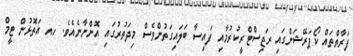
ފަރާތްތައް ކޯޕަރޭޝަންގައި ރަޖިސްޓްރީކުރުމާއި ފައިސާ ބަލައިގަތުންވެސް މިދަތުރުގައި އޮންނާނެއެވެ. ހއ އަތޮޅުން ޓީމް